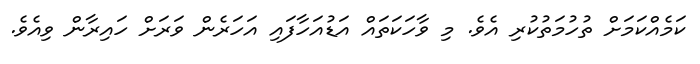
ކަމެއްކަމަށް ތުހުމަތުކުރި އެވެ. މި ވާހަކަތައް އަޑުއަހާފައި އަހަރެން ވަރަށް ހައިރާން ވިއެވެ.